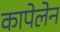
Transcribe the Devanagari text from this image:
कापेलेन